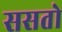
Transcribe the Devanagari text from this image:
ससतो